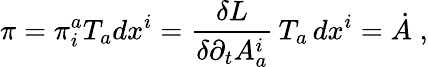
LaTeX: \pi=\pi_{i}^{a}T_{a}dx^{i}=\frac{\delta L}{\delta\partial_{t}A_{a}^{i}}\, T_{a}\, dx^{i}=\dot{A}\; ,